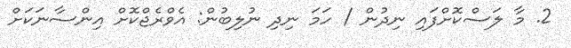
2. މާ ލަސްކޮށްފައި ނިދުން / ހަމަ ނިދި ނުލިބުން: އެވްރެޖްކޮށް އިންސާނަކަށް